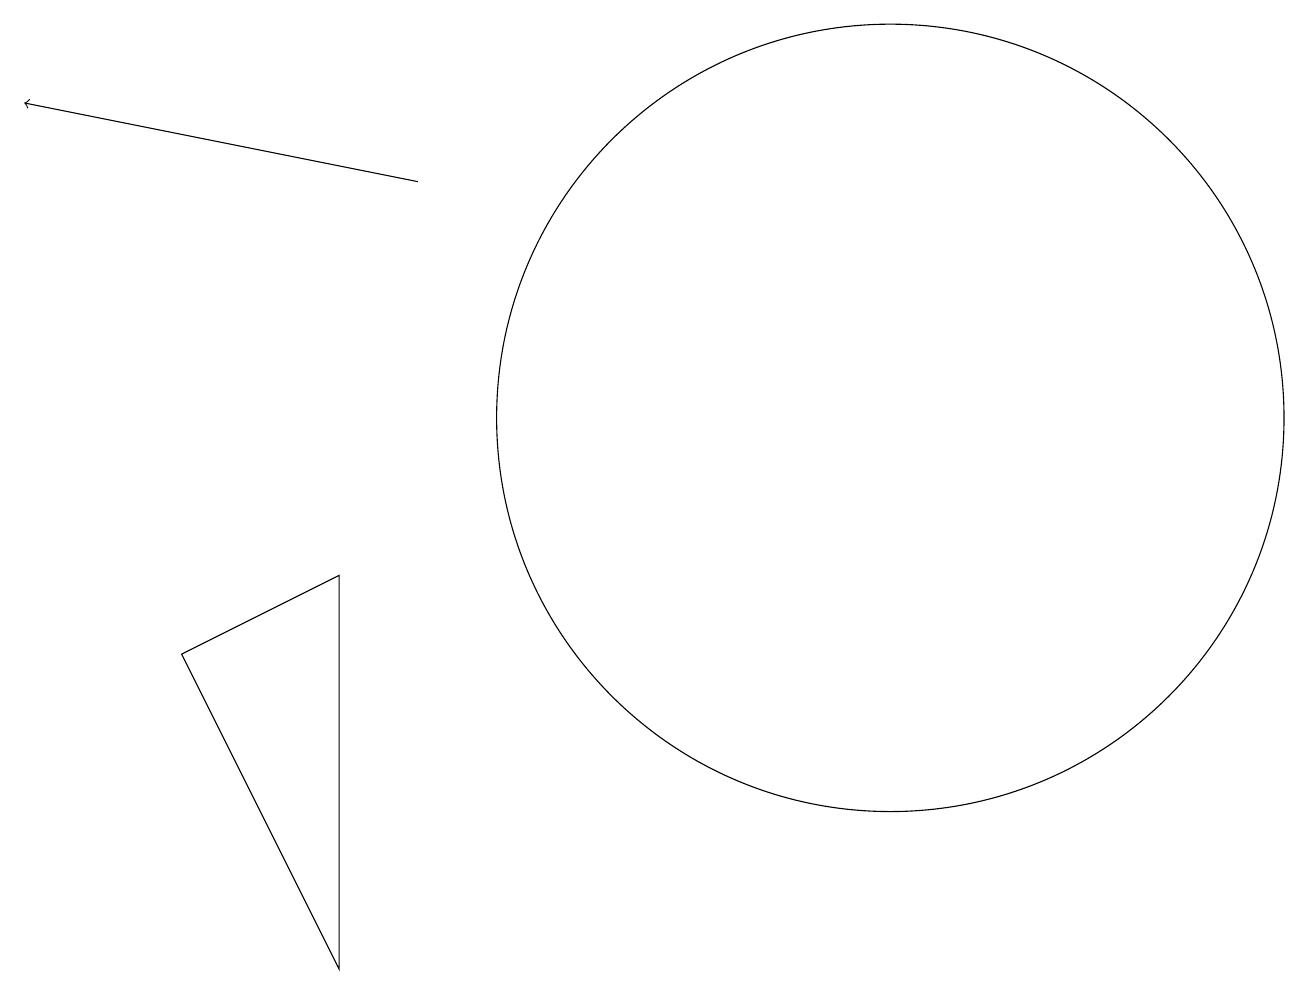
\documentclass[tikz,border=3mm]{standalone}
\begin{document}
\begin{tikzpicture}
\draw (2,8) -- (4,9) -- (4,4) -- cycle;
\draw (11,11) circle (5);
\draw[->] (5,14) -- (0,15);
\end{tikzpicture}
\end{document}